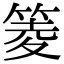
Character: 䈊